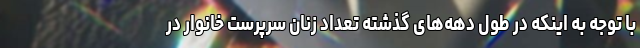
با توجه به اینکه در طول دهه‌های گذشته تعداد زنان سرپرست خانوار در